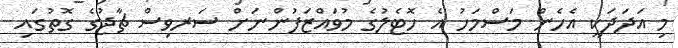
މި އަދަދަކީ އެހެން މަސްމަހު އެ ހޮޓެލުގެ މުވައްޒަފުންނަށް ސަރވިސް ޗާޖުގެ ގޮތުގައި